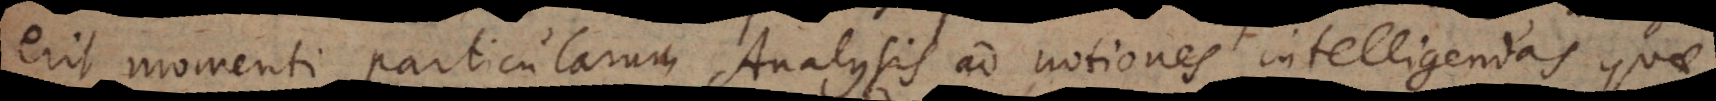
erit momenti particularum Analysis ad notiones intelligendas quae